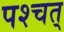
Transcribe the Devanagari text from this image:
पश्चत्